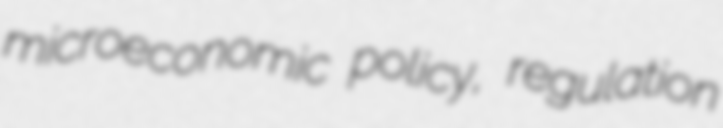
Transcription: microeconomic policy, regulation